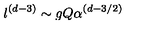
l ^ { ( d - 3 ) } \sim g Q \alpha ^ { ( d - 3 / 2 ) }